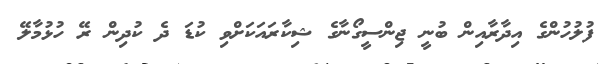
ފުލުހުންގެ އިދާރާއިން ބުނީ ޖިންސީގޯނާގެ ޝިކާރައަކަށްވި ކުޑަ ދެ ކުދިން ރޭ ހުޅުމާލޭ